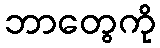
ဘာတွေကို